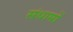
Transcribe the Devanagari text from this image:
संधामों